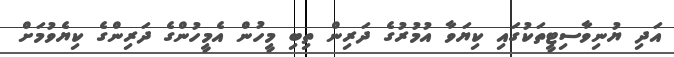
އަދި ޔުނިވާސިޓީތަކުގައި ކިޔަވާ އުމުރުގެ ދަރިން ތިބި މީހުން އެމީހުންގެ ދަރިންގެ ކިޔެވުމަށް